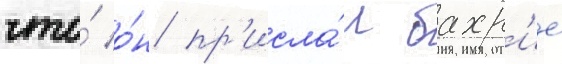
что́ о́н пр'исла́л бахр'ие